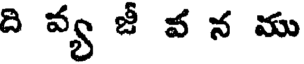
ది వ్య జీ వ న ము